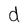
Character: d